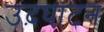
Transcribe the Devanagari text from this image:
उद़घाटन